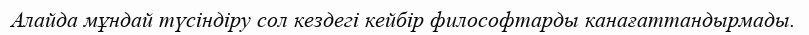
Алайда мұндай түсіндіру сол кездегі кейбір философтарды канағаттандырмады.